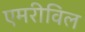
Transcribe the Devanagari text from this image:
एमरीविल